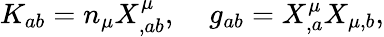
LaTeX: K_{ab}=n_{\mu}X_{,ab}^{\mu},\; \; \; \; g_{ab}=X_{,a}^{\mu}X_{\mu,b},